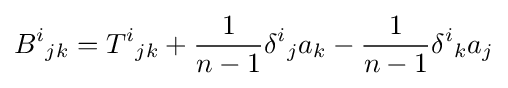
B^{i}{}_{jk}=T^{i}{}_{jk}+{\frac {1}{n-1}}\delta ^{i}{}_{j}a_{k}-{\frac {1}{n-1}}\delta ^{i}{}_{k}a_{j}